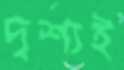
দৃশ্যই